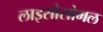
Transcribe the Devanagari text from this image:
लाइसोसोमल